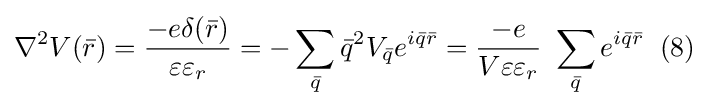
\nabla ^{2}V({\bar {r}})={\frac {-e\delta ({\bar {r}})}{\varepsilon \varepsilon _{r}}}=-\sum _{\bar {q}}{\bar {q}}^{2}V_{\bar {q}}e^{i{\bar {q}}{\bar {r}}}={\frac {-e}{V\varepsilon \varepsilon _{r}}}\ \sum _{\bar {q}}e^{i{\bar {q}}{\bar {r}}}\;\;(8)